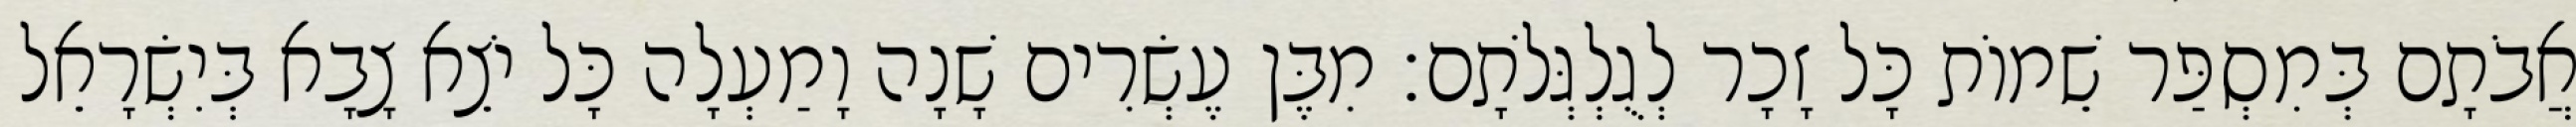
אֲבֹתָם בְּמִסְפַּר שֵׁמוֹת כָּל זָכָר לְגֻלְגְּלֹתָם׃ מִבֶּן עֶשְׂרִים שָׁנָה וָמַעְלָה כָּל יֹצֵא צָבָא בְּיִשְׂרָאֵל